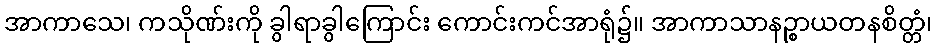
အာကာသေ၊ ကသိုဏ်းကို ခွါရာခွါကြောင်း ကောင်းကင်အာရုံ၌။ အာကာသာနဉ္စာယတနစိတ္တံ၊